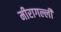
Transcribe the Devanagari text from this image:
मीरागल्ली